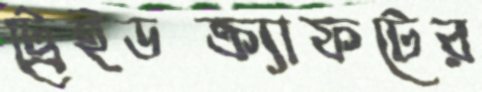
ট্রেইডক্র্যাফটের